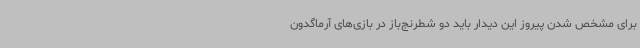
برای مشخص شدن پیروز این دیدار باید دو شطرنج‌باز در بازی‌های آرماگدون